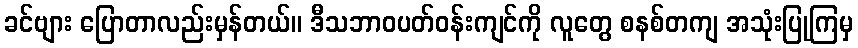
ခင်ဗျား ပြောတာလည်းမှန်တယ်။ ဒီသဘာဝပတ်ဝန်းကျင်ကို လူတွေ စနစ်တကျ အသုံးပြုကြမှ